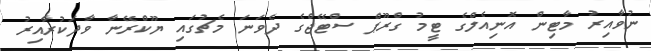
ނުވާއިރު މާޓިން އޮނިއެލްގެ ޓީމު ގްރޫޕް ސްޓޭޖްގެ ދެވަނަ މެޗުގައި ޔޫކްރޭނާ ވާދަކުރާއިރު